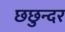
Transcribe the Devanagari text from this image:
छछुन्दर